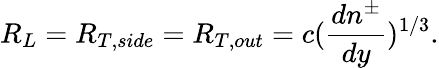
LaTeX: R_{L}=R_{T,side}=R_{T,out}=c({\frac{dn^{\pm}}{dy}})^{1/3}.